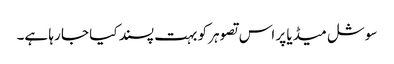
سوشل میڈیا پر اس تصوہر کو بہت پسند کیا جا رہا ہے۔